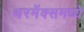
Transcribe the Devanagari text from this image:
थरमॅक्समध्ये